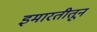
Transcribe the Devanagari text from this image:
इमारतीतून